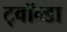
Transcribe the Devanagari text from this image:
ट्वॉन्डा